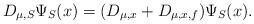
LaTeX: \begin{align*}D_{\mu,S}\Psi_{S}(x)=(D_{\mu,x}+D_{\mu,x,f})\Psi_{S}(x).\end{align*}